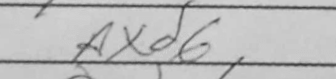
Transcription: axd6